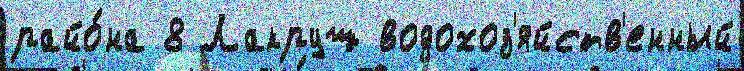
райо́на 8 Лакруш водохоз'яйств'енный